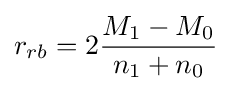
r_{rb}=2{\frac {M_{1}-M_{0}}{n_{1}+n_{0}}}